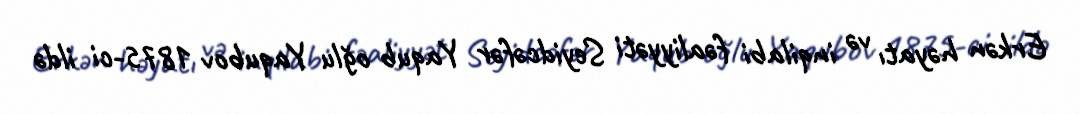
Erkən həyatı və inqilabi fəaliyyəti Seyidcəfər Yaqub oğlu Yaqubov 1875-ci ildə